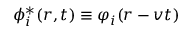
\phi _ { i } ^ { * } ( \boldsymbol { r } , t ) \equiv \varphi _ { i } ( \boldsymbol { r } - \boldsymbol { v } t )